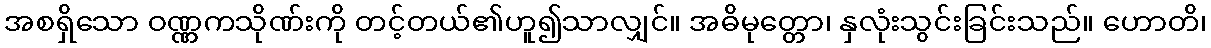
အစရှိသော ဝဏ္ဏကသိုဏ်းကို တင့်တယ်၏ဟူ၍သာလျှင်။ အဓိမုတ္တော၊ နှလုံးသွင်းခြင်းသည်။ ဟောတိ၊